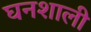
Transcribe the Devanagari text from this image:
घनशाली